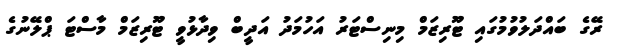
ރޭގެ ބައްދަލުވުމުގައި ޓޫރިޒަމް މިނިސްޓަރު އަހުމަދު އަދީބް ވިދާޅުވީ ޓޫރިޒަމް މާސްޓަ ޕްލޭނުގެ